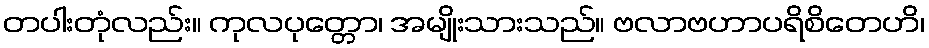
တပါးတုံလည်း။ ကုလပုတ္တော၊ အမျိုးသားသည်။ ဗလာဗဟာပရိစိတေဟိ၊